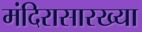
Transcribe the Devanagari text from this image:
मंदिरासारख्या